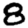
Digit: 8